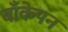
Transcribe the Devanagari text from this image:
बाँकेपन